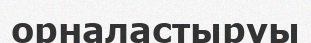
орналастыруы